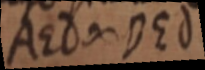
AEd ∞ DEd